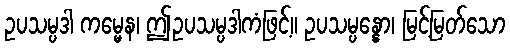
ဥပသမ္ပဒါ ကမ္မေန၊ ဤဥပသမ္ပဒါကံဖြင့်။ ဥပသမ္ပန္နော၊ မြင့်မြတ်သော